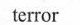
terror